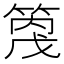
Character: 𥰓